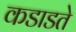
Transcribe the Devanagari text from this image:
कडाडते